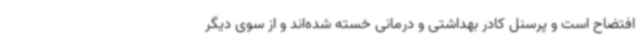
افتضاح است و پرسنل کادر بهداشتی و درمانی خسته شده‌اند و از سوی دیگر